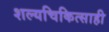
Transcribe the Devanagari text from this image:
शल्यचिकित्साही